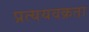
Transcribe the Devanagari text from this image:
प्रत्ययवक्रता